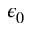
\epsilon _ { 0 }